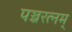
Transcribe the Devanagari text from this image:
पञ्चरत्नम्